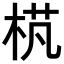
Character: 𣒾